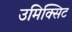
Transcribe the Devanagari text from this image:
उमिक्सिट